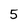
Character: 5